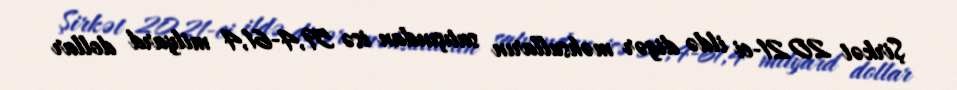
Şirkət 2021-ci ildə digər məhsulların satışından isə 59,4-61,4 milyard dollar